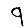
Digit: 9